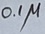
Text: 0.1µ